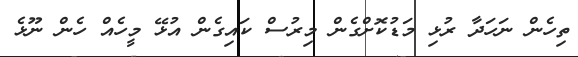
ތިހެން ނަހަދާ ރުޅި މަޑުކޮށްގެން މިރުސް ކައިގެން އުޅޭ މީހެއް ހެން ނޫޅެ